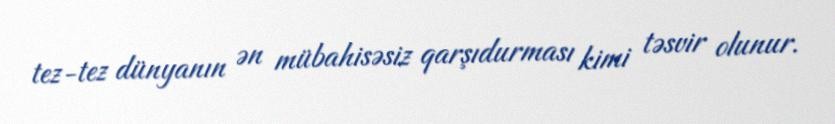
tez-tez dünyanın ən mübahisəsiz qarşıdurması kimi təsvir olunur.